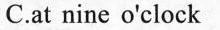
C.at nine o'clock